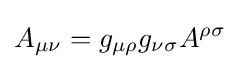
A_{\mu \nu }=g_{\mu \rho }g_{\nu \sigma }A^{\rho \sigma }